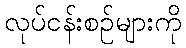
လုပ်ငန်းစဉ်များကို